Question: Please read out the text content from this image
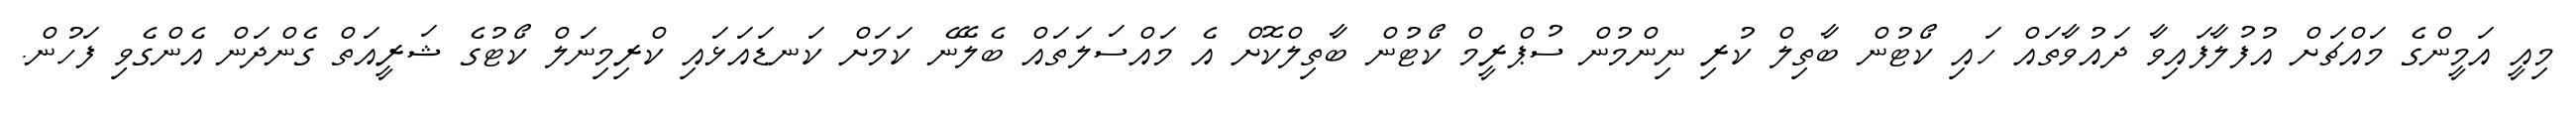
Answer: މިއީ އަމީންގެ މައްޗަށް އުފުލާފައިވާ ދައުވާތައް ހައި ކޯޓުން ބާތިލް ކުރި ނިންމުން ސުޕްރީމް ކޯޓުން ބާތިލްކޮށް އެ މައްސަލަތައް ބެލޭނެ ކަމަށް ކަނޑައަޅައި ކްރިމިނަލް ކޯޓުގެ ޝަރީއަތް ގެންދަން އެންގެވި ފަހުން.